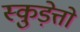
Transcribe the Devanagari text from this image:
स्कुड़ेत्तो